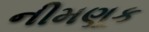
નીમણૂક